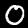
Digit: 0